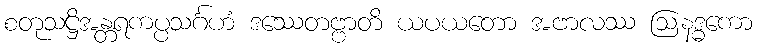
စတုသဋ္ဌိအန္တရကပ္ပသင်္ဂဟံ ဒဿေတဗ္ဗာတိ ယပယတော အဗာလဿ ဩနဒ္ဓကော